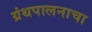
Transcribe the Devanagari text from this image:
ग्रंथपालनाचा